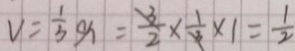
v = \frac { 1 } { 3 } g h = \frac { 3 } { 2 } \times \frac { 1 } { 3 } \times 1 = \frac { 1 } { 2 }